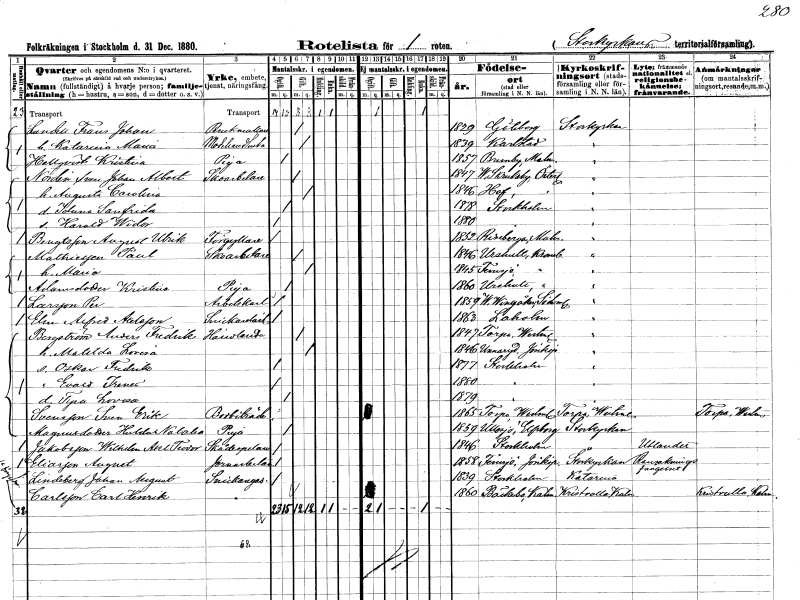
gt_parse: households: individuals: FN: Frans Johan
EN: Lundell
YRKE: Perukmakare
KON: M
CIV: G
FODAR: 1829
FODFORS: Göteborg Göteborgs- och Bohuslän
FN: Katarina Maria
YRKE: Modehandlerska
KON: K
CIV: G
FODAR: 1839
FODFORS: Karlstad Värmlands län
FN: Kristina
EN: Hellqvist
YRKE: Piga
KON: K
CIV: O
FODAR: 1857
FODFORS: Brunnby Malmöhus län
FN: Sven Johan Albert
EN: Nordin
YRKE: Skoarbetare
KON: M
CIV: G
FODAR: 1847
FODFORS: Västra Skrukeby Östergötlands län
FN: Augusta Carolina
KON: K
CIV: G
FODAR: 1846
FODFORS: Hov Östergötlands län
FN: Iduna Sanfrida
KON: K
CIV: O
FODAR: 1878
FODFORS: Stockholm
FN: Harald Widor
KON: M
CIV: O
FODAR: 1880
FODFORS: Stockholm
FN: August Ulrik
EN: Bengtsson
YRKE: Förgyllare
KON: M
CIV: O
FODAR: 1852
FODFORS: Riseberga Kristianstads län
FN: Paul
EN: Mathiessen
YRKE: Skoarbetare
KON: M
CIV: G
FODAR: 1846
FODFORS: Urshult Kronobergs län
FN: Maria
KON: K
CIV: G
FODAR: 1845
FODFORS: Femsjö Hallands län
FN: Kristina
EN: Adamsdotter
YRKE: Piga
KON: K
CIV: O
FODAR: 1860
FODFORS: Urshult Kronobergs län
FN: Per
EN: Larsson
YRKE: Arbetskarl
KON: M
CIV: O
FODAR: 1859
FODFORS: Västra Vingåker Södermanlands län
FN: Alfred
EN: Ehn Axelsson
YRKE: Snickarelärling
KON: M
CIV: O
FODAR: 1863
FODFORS: Laholm Hallands län
FN: Anders Fredrik
EN: Bergström
YRKE: Handlande
KON: M
CIV: G
FODAR: 1847
FODFORS: Torpa Västmanlands län
FN: Matilda Lovisa
KON: K
CIV: G
FODAR: 1846
FODFORS: Unnaryd Jönköpings län
FN: Oskar Fredrik
KON: M
CIV: O
FODAR: 1877
FODFORS: Stockholm
FN: Evald Irenes
KON: M
CIV: O
FODAR: 1880
FODFORS: Stockholm
FN: Tyra Lovisa
KON: K
CIV: O
FODAR: 1879
FODFORS: Stockholm
FN: Sven Erik
EN: Svensson
YRKE: Bodbiträde
KON: M
CIV: O
FODAR: 1865
FODFORS: Torpa Västmanlands län
FN: Hulda Natalia
EN: Magnusdotter
YRKE: Piga
KON: K
CIV: O
FODAR: 1859
FODFORS: Ullasjö Älvsborgs län
FN: Wilhelm Axel Teodor
EN: Jakobsson
YRKE: Skådespelare
KON: M
CIV: O
FODAR: 1846
FODFORS: Stockholm
FN: August
EN: Eliasson
YRKE: Järnarbetare
KON: M
CIV: O
FODAR: 1858
FODFORS: Femsjö Hallands län
FN: Johan August
EN: Lindeberg
YRKE: Snickaregesäll
KON: M
CIV: O
FODAR: 1839
FODFORS: Stockholm
FN: Carl Henrik
EN: Carlsson
YRKE: Snickaregesäll
KON: M
CIV: O
FODAR: 1860
FODFORS: Bäckebo Kalmar län